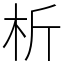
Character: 析